画像に写った文字を読んでください
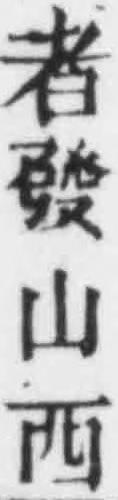
「者發山西」と書いてあります